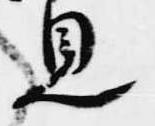
見